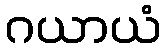
ဂယာယံ